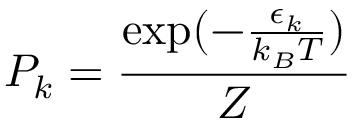
P _ { k } = \frac { \exp ( - \frac { \epsilon _ { k } } { k _ { B } T } ) } { Z }